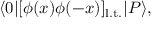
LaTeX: \langle 0 | [ \phi ( x ) \phi ( - x ) ] _ { \mathrm { l . t . } } | P \rangle ,